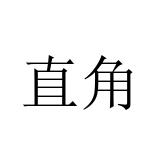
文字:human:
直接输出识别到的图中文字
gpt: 直角